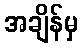
အချိန်မှ